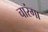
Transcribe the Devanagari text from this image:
चारंगा